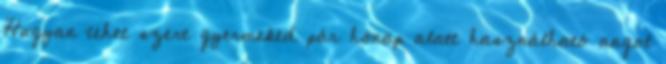
Hogyan tehet szert gyermeked pár hónap alatt használható angol